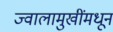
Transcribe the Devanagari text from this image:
ज्वालामुखींमधून